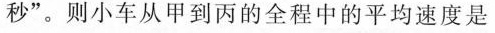
秒”。则小车从甲到丙的全程中的平均速度是